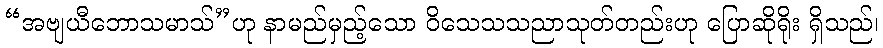
“အဗျယီဘောသမာသ်”ဟု နာမည်မှည့်သော ဝိသေသသညာသုတ်တည်းဟု ပြောဆိုရိုး ရှိသည်၊